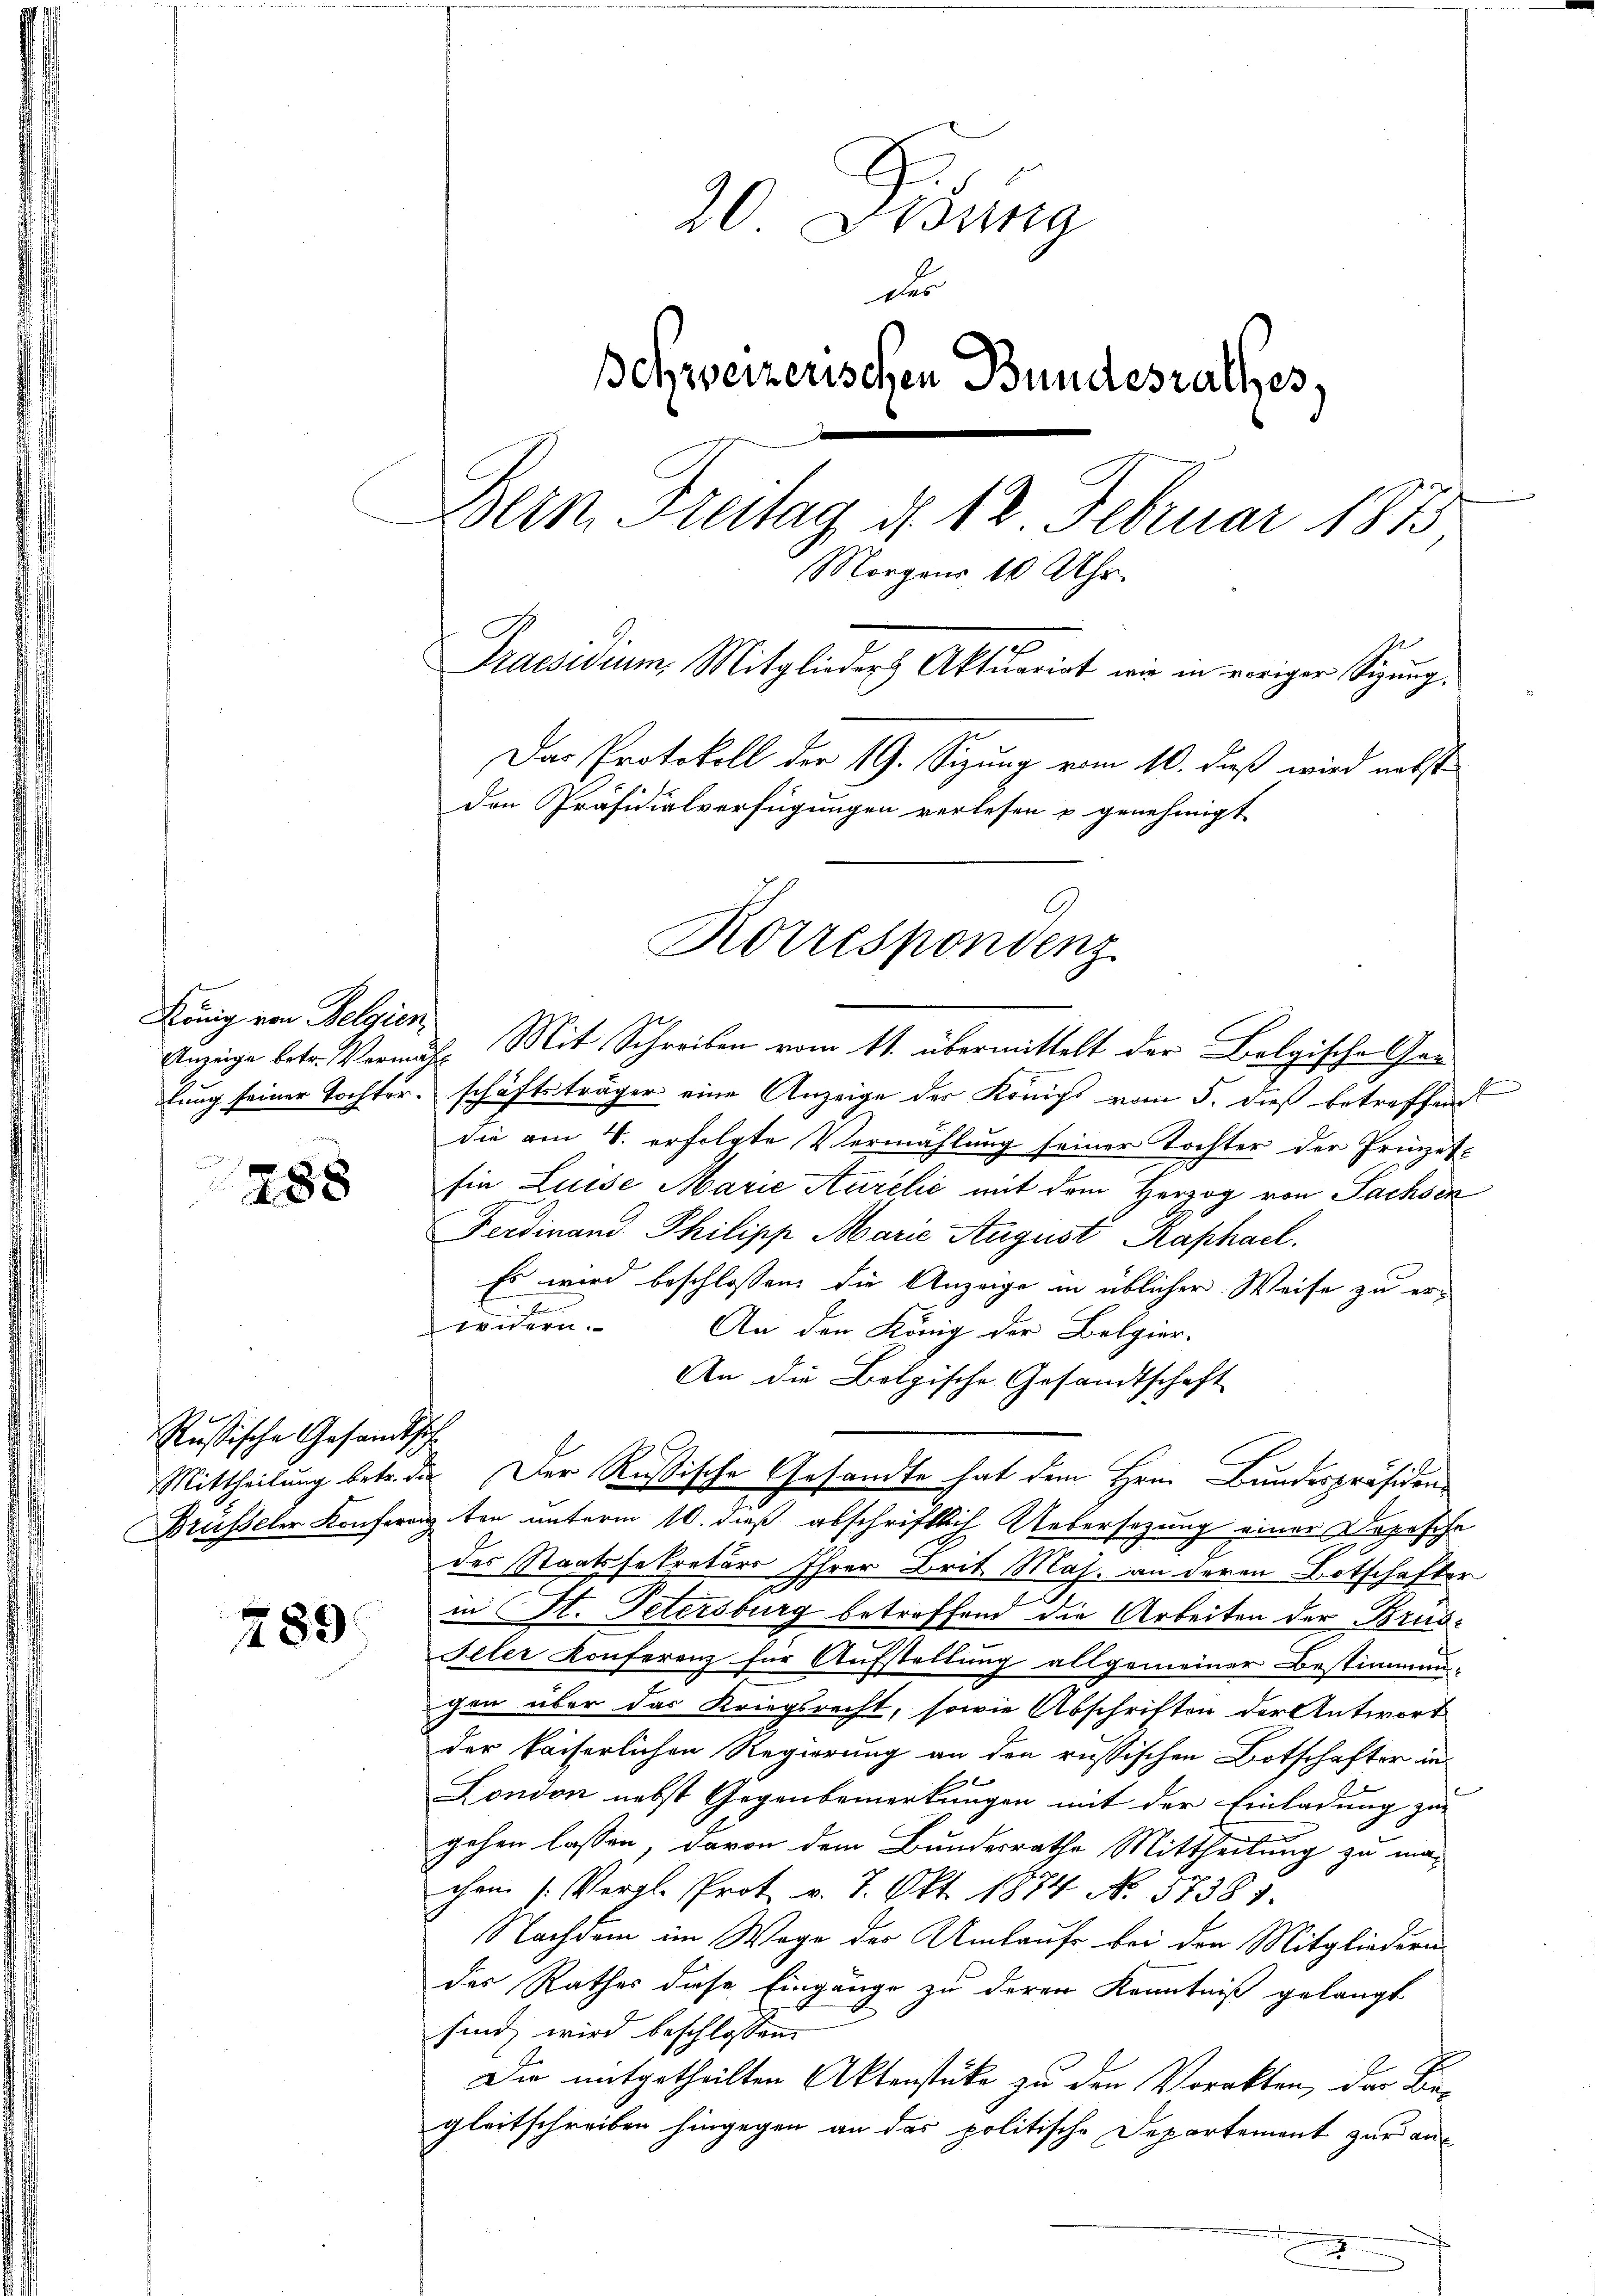
König von Belgien

288

Rußische Gesandtsch

289

20 Didung
der
Ichreizerischen Bundesrathes.
Bern. Freitag d. 12 Februar 1875
Morgens 10 Uhr.
Praesidium. Mitglieder Aktuariat wie in veriger Sizung
Das Protokoll der 19. Sizung vom 10. daß wird nebst
den Präsidialverfügungen verlesen u genehmigt.
Korrespondenz

Anzeige betr. Vermächt. Mit Schreiben vom 11. übermittelt der Bolgische Can
lung seiner Tochter. schäftsträger eine Anzeige der Königs vom 5. dieß betreffend
die am 8. erfolgte Vermählung seiner Tochter der Prinzetg
Ein Luise Marie Aurelić mit dem Herzog von Fachsen
Ferdinand Philipp Marie August Raphael.
Es wird beschlossen, die Anzeige in üblicher Weise zu erwidern. An den König der Belgier-
An die Bolgische Gesandtschaft
Brüsseler Konferengten unterm 10. dieß abschriftlich Uebersezung einer Depesche
des Staatssekretäre Ihrer Brit. Maj. an deren Botschafter
in St. Petersburg betroffend die Arbeiten der Brus-
Feler Konferenz für Aufstellung allgemeiner Bestimmun-
gen über das Kriegsrecht, sowie Abschriften der Antwort
der kaiserlichen Regierung an den russischen Botschafter in
London nebst Gegenbemerkungen mit der Einladung zur
gehen lassen, davon dem Bundesrathe Mittheilung zu ma-
chen (Vergl. Prot. v. 7. Okt. 1874 No. 57385.
Nachdem im Wage der Umlaufe bei den Mitgliedern
des Rathes diese Eingänge zu deren Kenntniß gelangt
sind, wird beschlossen:
Die mitgetheilten Aktenstücke zu den Vorakten, der Be-
gleitschreiben hingegen an das politische Departement zur an¬

Mittheilung betr. die Der Rußische Gesandte hat dem Herrn Bundespräsiden¬